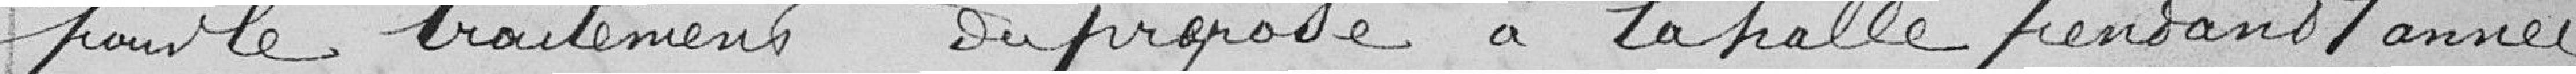
pour le traitement du préposé à la halle pendant l'année